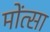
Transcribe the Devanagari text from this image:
मोंत्सा